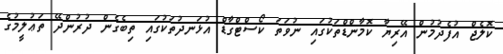
ކޮލެޖް އުފެދުމުން އޭރިޔާ ކޮމާންޑްތަކުގައި ނުވަތަ ކޯސްޓްގާޑް އުޅަނދުތަކުގައި ތިބެގެން ދުރުންދޭ ތަޢުލީމުގެ